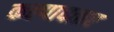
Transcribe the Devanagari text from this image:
कल्पावतार